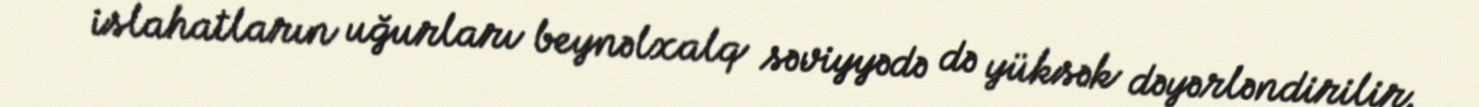
islahatların uğurları beynəlxalq səviyyədə də yüksək dəyərləndirilir.